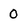
Character: 0